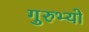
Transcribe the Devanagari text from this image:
गुरुभ्यो